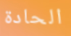
الحادة